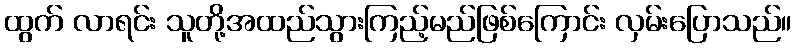
ထွက် လာရင်း သူတို့အထည်သွားကြည့်မည်ဖြစ်ကြောင်း လှမ်းပြောသည်။